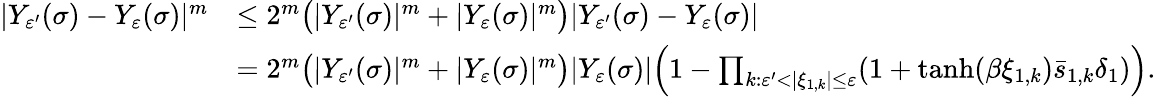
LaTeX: \begin{array}{rl}{|Y_{\varepsilon^{\prime}}(\sigma)-Y_{\varepsilon}(\sigma)|^{m}}&{\leq 2^{m}\bigl(|Y_{\varepsilon^{\prime}}(\sigma)|^{m}+|Y_{\varepsilon}(\sigma)|^{m}\bigr)|Y_{\varepsilon^{\prime}}(\sigma)-Y_{\varepsilon}(\sigma)|}\\ &{=2^{m}\bigl(|Y_{\varepsilon^{\prime}}(\sigma)|^{m}+|Y_{\varepsilon}(\sigma)|^{m}\bigr)|Y_{\varepsilon}(\sigma)|\Bigl(1-\prod_{k:\varepsilon^{\prime}<|\xi_{1,k}|\le\varepsilon}(1+\operatorname{tanh}(\beta\xi_{1,k})\bar{s}_{1,k}\delta_{1})\Bigr).}\end{array}